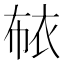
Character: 𰳳